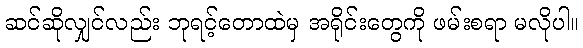
ဆင်ဆိုလျှင်လည်း ဘုရင့်တောထဲမှ အရိုင်းတွေကို ဖမ်းစရာ မလိုပါ။